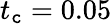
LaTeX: t_{\mathtt{c}}=0.05